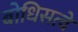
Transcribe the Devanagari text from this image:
बोधिसत्वें